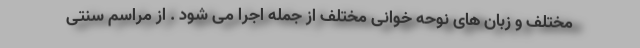
مختلف و زبان های نوحه خوانی مختلف از جمله اجرا می شود . از مراسم سنتی